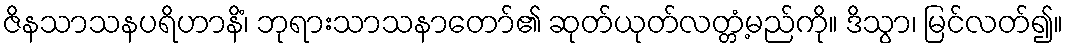
ဇိနသာသနပရိဟာနိံ၊ ဘုရားသာသနာတော်၏ ဆုတ်ယုတ်လတ္တံ့မည်ကို။ ဒိသွာ၊ မြင်လတ်၍။